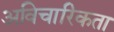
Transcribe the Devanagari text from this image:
अविचारिकता